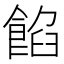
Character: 餡